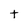
Character: t